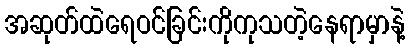
အဆုတ်ထဲရေဝင်ခြင်းကိုကုသတဲ့နေရာမှာနဲ့